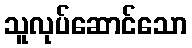
သူလုပ်ဆောင်သော